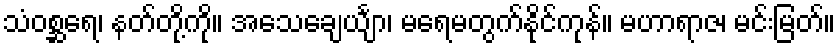
သံဝစ္ဆရေ၊ နတ်တို့ကို။ အသေချေင်္ယျာ၊ မရေမတွက်နိုင်ကုန်။ မဟာရာဇ၊ မင်းမြတ်။